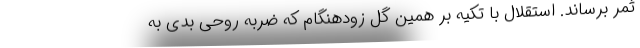
ثمر برساند. استقلال با تکیه بر همین گل زودهنگام که ضربه روحی بدی به